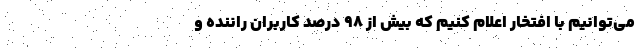
می‌توانیم با افتخار اعلام کنیم که بیش از ۹۸ درصد کاربران راننده و